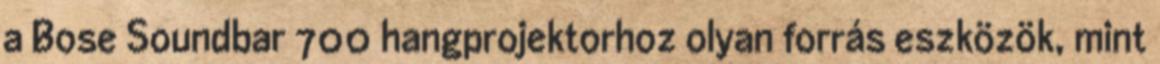
a Bose Soundbar 700 hangprojektorhoz olyan forrás eszközök, mint